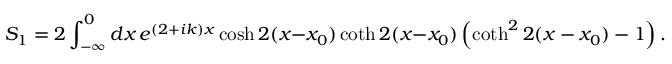
S _ { 1 } = 2 \int _ { - \infty } ^ { 0 } d x \, e ^ { ( 2 + i k ) x } \cosh 2 ( x - x _ { 0 } ) \coth 2 ( x - x _ { 0 } ) \left( \coth ^ { 2 } 2 ( x - x _ { 0 } ) - 1 \right) .